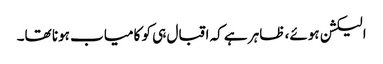
الیکشن ہوئے، ظاہر ہے کہ اقبال ہی کو کامیاب ہونا تھا۔